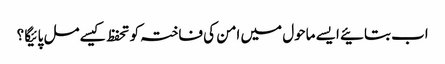
اب بتائیے ایسے ماحول میں امن کی فاختہ کو تحفظ کیسے مل پائیگا ؟